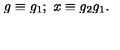
g \equiv g _ { 1 } ; \ x \equiv g _ { 2 } g _ { 1 } .